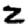
Digit: 2